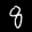
Label: 8